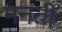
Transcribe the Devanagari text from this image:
मनती